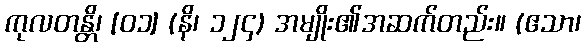
ကုလတန္တိ၊ [၀၁] (နိ၊ ၁၂၄) အမျိုး၏အဆက်တည်း။ (ဧသာ၊